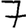
Digit: 7